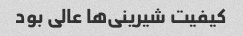
کیفیت شیرینی‌ها عالی بود